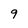
Character: 9